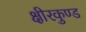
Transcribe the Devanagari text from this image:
क्षीरकुण्ड